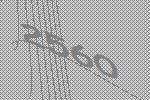
2560